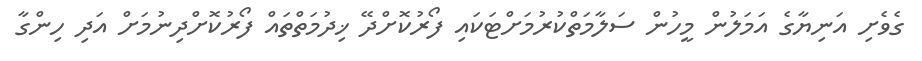
ގެވެށި އަނިޔާގެ އަމަލުން މީހުން ސަލާމަތްކުރުމަށްޓަކައި ފޯރުކޮށްދޭ ޚިދުމަތްތައް ފޯރުކޮށްދިނުމަށް އަދި ހިންގާ